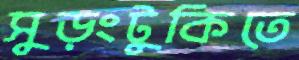
সুড়ংটুকিতে